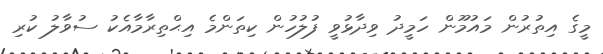
މީގެ އިތުރުން މައުމޫން ހަމީދު ވިދާޅުވީ ފުލުހުން ކިތަންމެ އިޙްތިރާމާއެކު ސުވާލު ކުރި